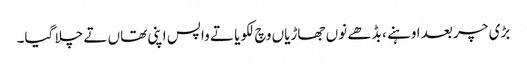
بڑی چر بعد اوہنے ، بڈھے نوں جھاڑیاں وچ لکویا تے واپس اپنی تھاں تے چلا گیا۔